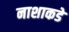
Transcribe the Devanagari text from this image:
नाशाकडे